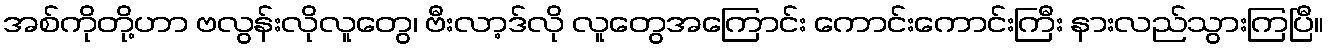
အစ်ကိုတို့ဟာ ဗလွန်းလိုလူတွေ၊ ဗီးလာ့ဒ်လို လူတွေအကြောင်း ကောင်းကောင်းကြီး နားလည်သွားကြပြီ။